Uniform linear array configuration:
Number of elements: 16
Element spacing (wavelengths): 1
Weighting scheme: blackman
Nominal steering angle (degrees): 15
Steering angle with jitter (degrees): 16.18
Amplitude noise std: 0.05
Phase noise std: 0.05

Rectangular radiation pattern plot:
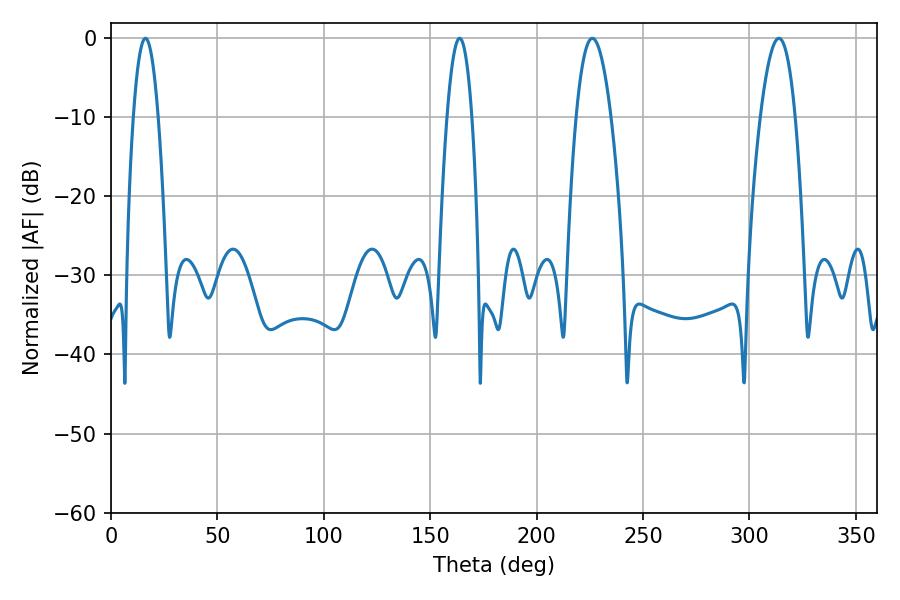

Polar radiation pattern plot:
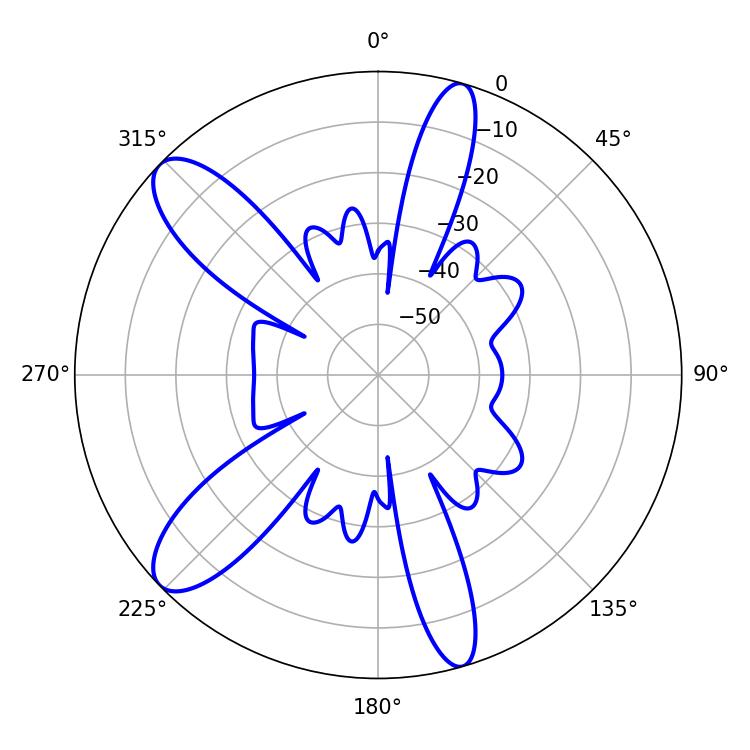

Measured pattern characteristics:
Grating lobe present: TRUE
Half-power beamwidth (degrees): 6.48
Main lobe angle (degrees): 16.2